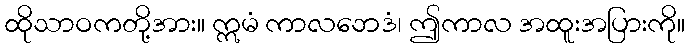
ထိုသာဝကတို့အား။ ဣမံ ကာလဘေဒံ၊ ဤကာလ အထူးအပြားကို။